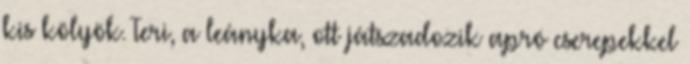
kis kölyök. Teri, a leányka, ott játszadozik apró cserepekkel